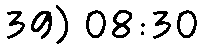
39) 08:30